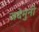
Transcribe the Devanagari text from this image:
जदेमुनी